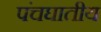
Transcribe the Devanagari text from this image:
पंचघातीय